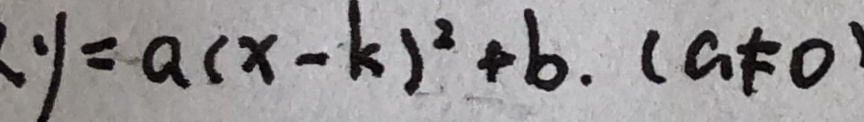
y = a ( x - k ) ^ { 2 } + b . ( a \neq 0 )